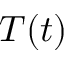
T ( t )